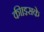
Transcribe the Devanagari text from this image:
की।इसके